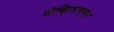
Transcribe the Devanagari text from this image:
सेव्हियापासून